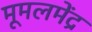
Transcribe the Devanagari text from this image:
मूमलमेंद्र